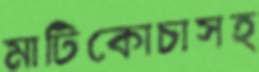
মাটিকোচাসহ